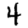
Digit: 4